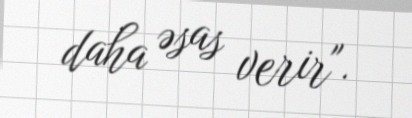
daha əsas verir".